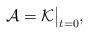
LaTeX: \begin{align*}\mathcal A=\mathcal K\big|_{t=0},\end{align*}